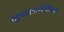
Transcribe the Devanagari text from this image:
मूत्राशयछिद्रीकरण